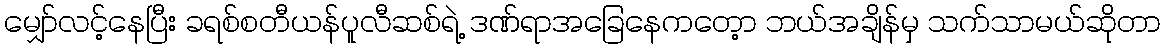
မျှော်လင့်နေပြီး ခရစ်စတီယန်ပူလီဆစ်ရဲ့ ဒဏ်ရာအခြေနေကတေ့ာ ဘယ်အချိန်မှ သက်သာမယ်ဆိုတာ